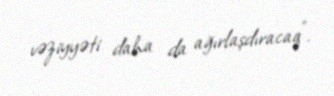
vəziyyəti daha da ağırlaşdıracaq”.